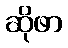
ဆိုဖာ